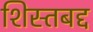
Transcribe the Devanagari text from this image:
शिस्तबद्द